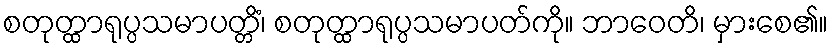
စတုတ္ထာရုပ္ပသမာပတ္တိံ၊ စတုတ္ထာရုပ္ပသမာပတ်ကို။ ဘာဝေတိ၊ မှားစေ၏။